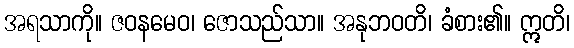
အရသာကို။ ဇဝနမေဝ၊ ဇောသည်သာ။ အနုဘဝတိ၊ ခံစား၏။ ဣတိ၊